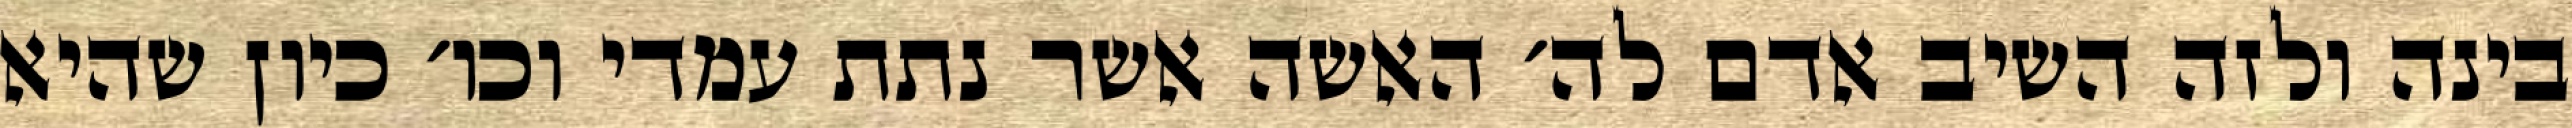
בינה ולזה השיב אדם לה׳ האשה אשר נתת עמדי וכו׳ כיון שהיא